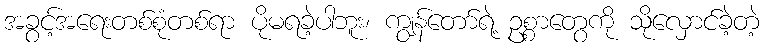
အခွင့်အရေးတစ်စုံတစ်ရာ ပိုမရခဲ့ပါဘူး၊ ကျွန်တော်ရဲ့ ဥစ္စာတွေကို သိုလှောင်ခဲ့တဲ့